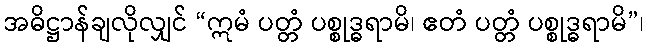
အဓိဋ္ဌာန်ချလိုလျှင် “ဣမံ ပတ္တံ ပစ္စုဒ္ဓရာမိ၊ ဧတံ ပတ္တံ ပစ္စုဒ္ဓရာမိ”၊